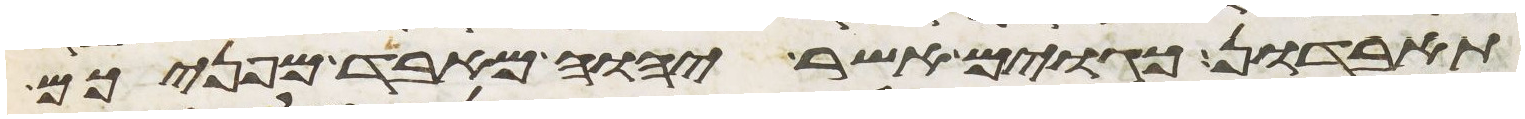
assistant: תאבדון כגוים אשר יהוה מאבד מפניכם